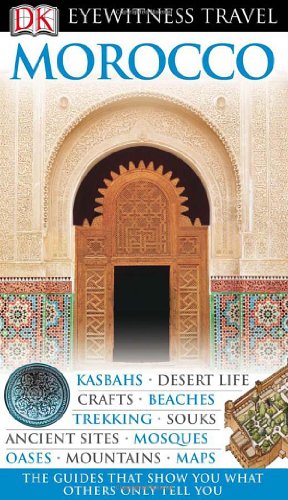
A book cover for Morocco (EYEWITNESS TRAVEL GUIDE); DK Publishing; Travel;